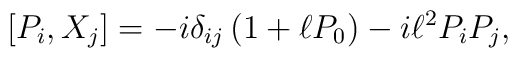
[P_i, {X}_j] = - i \delta_{ij}\left(1 + \ell P_0\right) - i \ell^2 P_i P_j,